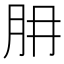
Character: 𦙇